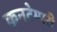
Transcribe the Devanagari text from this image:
कनटेम्परी